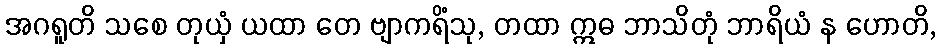
အဂရူတိ သစေ တုယှံ ယထာ တေ ဗျာကရိံသု, တထာ ဣဓ ဘာသိတုံ ဘာရိယံ န ဟောတိ,